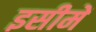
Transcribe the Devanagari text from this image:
इसीमें